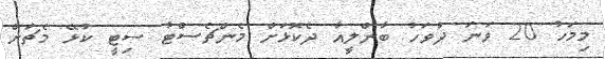
މިމަހު 20 ވަނަ ދުވަހު ބާންލީއާ ދެކޮޅަށް މެންޗެސްޓާ ސިޓީ ކުޅޭ މެޗަށް